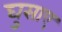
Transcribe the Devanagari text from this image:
घुसाए